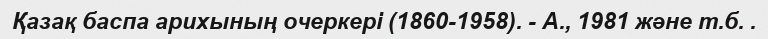
Қазақ баспа арихының очеркері (1860-1958). - А., 1981 және т.б. .